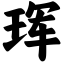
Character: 珲